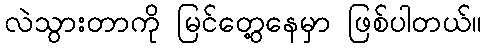
လဲသွားတာကို မြင်တွေ့နေမှာ ဖြစ်ပါတယ်။